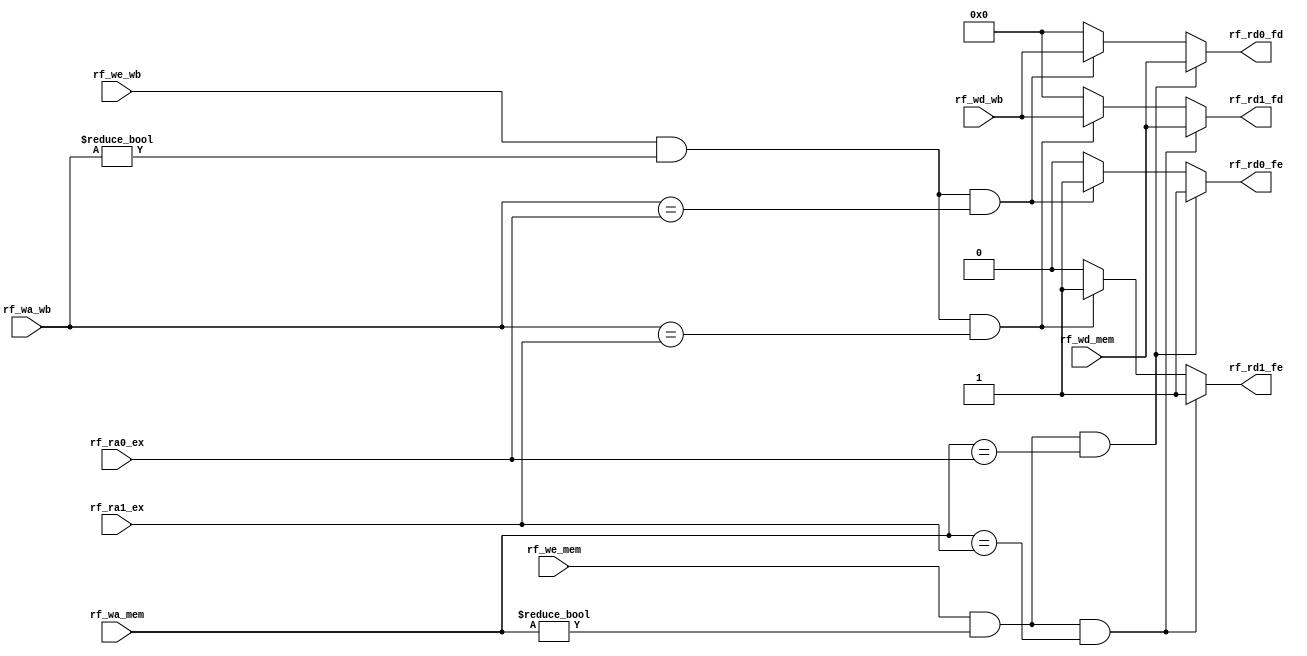
module forward (
    input wire rf_we_mem,
    input wire rf_we_wb,
    input wire [4:0] rf_wa_mem,
    input wire [4:0] rf_wa_wb,
    input wire [31:0] rf_wd_mem,
    input wire [31:0] rf_wd_wb,
    input wire [4:0] rf_ra0_ex,
    input wire [4:0] rf_ra1_ex,
    // input wire [1:0]rf_wd_sel,
    output reg rf_rd0_fe,
    output reg rf_rd1_fe,
    output reg [31:0] rf_rd0_fd,
    output reg [31:0] rf_rd1_fd
);
  always @(*) begin
    rf_rd0_fe = 0;
    rf_rd1_fe = 0;
    rf_rd0_fd = 0;
    rf_rd1_fd = 0;
    if(rf_we_mem && rf_wa_mem!=5'd0 && rf_wa_mem==rf_ra0_ex)//mem
    begin
      rf_rd0_fe = 1;
      rf_rd0_fd = rf_wd_mem;
    end
    else if(rf_we_wb && rf_wa_wb!=5'd0 && rf_wa_wb==rf_ra0_ex)//wb
    begin
      rf_rd0_fe = 1;
      rf_rd0_fd = rf_wd_wb;
    end

    if(rf_we_mem && rf_wa_mem!=5'd0 && rf_wa_mem==rf_ra1_ex)//mem
    begin
      rf_rd1_fe = 1;
      rf_rd1_fd = rf_wd_mem;
    end
    else if(rf_we_wb && rf_wa_wb!=5'd0 && rf_wa_wb==rf_ra1_ex)//wb
    begin
      rf_rd1_fe = 1;
      rf_rd1_fd = rf_wd_wb;
    end
  end
endmodule